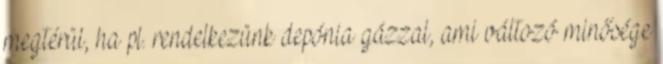
megtérül, ha pl. rendelkezünk depónia gázzal, ami változó minősége